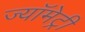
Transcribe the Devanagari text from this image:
ज्यॉमेट्री